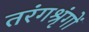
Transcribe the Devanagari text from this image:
तरंगश्रृंगों